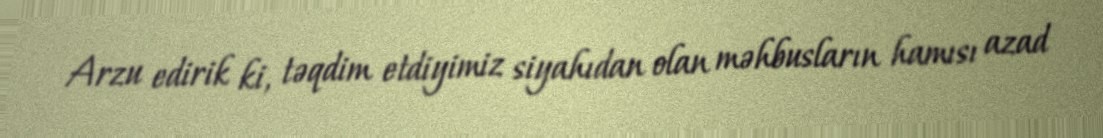
Arzu edirik ki, təqdim etdiyimiz siyahıdan olan məhbusların hamısı azad